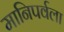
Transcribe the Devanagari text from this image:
मानिपर्वला